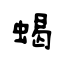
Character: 蝎